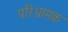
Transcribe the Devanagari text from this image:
परिभ्रामक